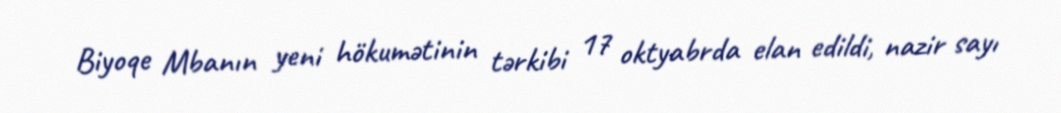
Biyoqe Mbanın yeni hökumətinin tərkibi 17 oktyabrda elan edildi, nazir sayı